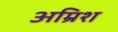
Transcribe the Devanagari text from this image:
अम्रिश